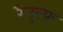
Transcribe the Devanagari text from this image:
रैनुल्फ़